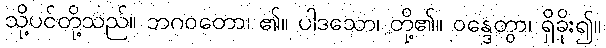
သို့ပင်တို့သည်။ ဘဂဝတော၊ ၏။ ပါဒသော၊ တို့၏။ ဝန္ဒေတွာ၊ ရှိခိုး၍။